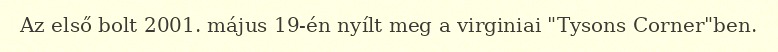
Az első bolt 2001. május 19-én nyílt meg a virginiai "Tysons Corner"ben.